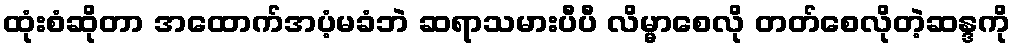
ထုံးစံဆိုတာ အထောက်အပံ့မခံဘဲ ဆရာသမားပီပီ လိမ္မာစေလို တတ်စေလိုတဲ့ဆန္ဒကို